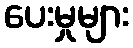
ပေးမှုများ